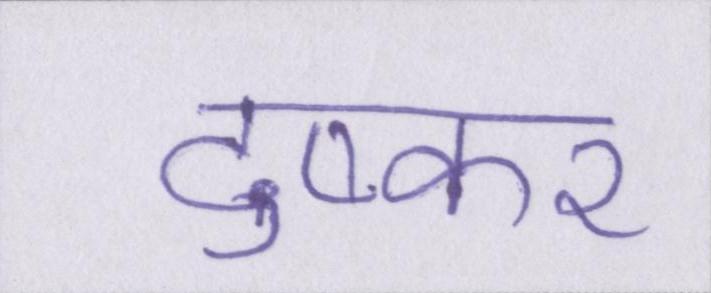
दुष्कर